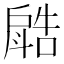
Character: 𣂋